Scottish Leaving Certificate Examination, 1954
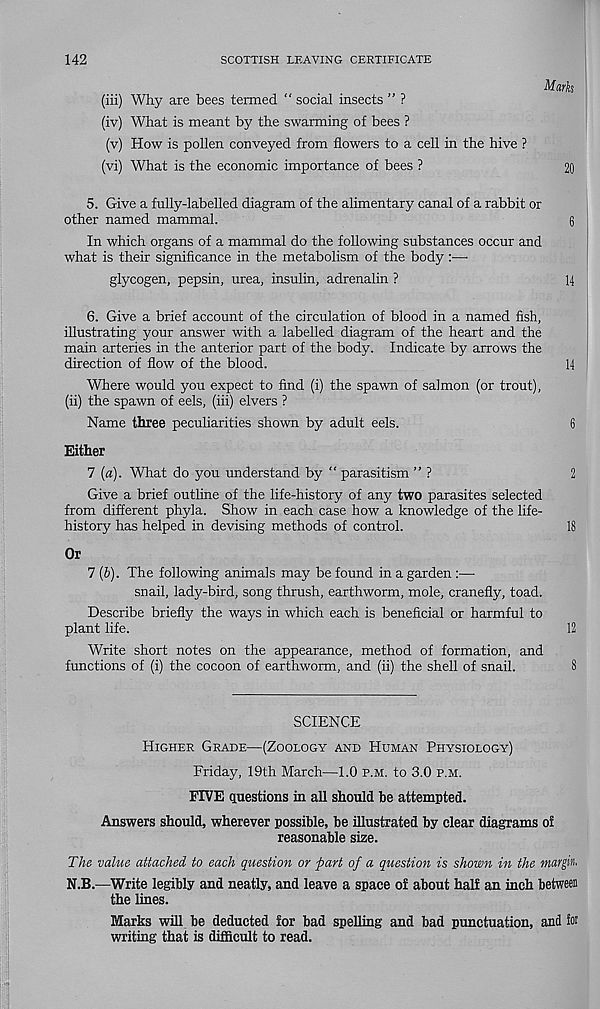
142
SCOTTISH LEAVING CERTIFICATE
Marks
(iii) Why are bees termed “ social insects ” ?
(iv) What is meant by the swarming of bees ?
(v) How is pollen conveyed from flowers to a cell in the hive ?
(vi) What is the economic importance of bees ?
20
5. Give a fully-labelled diagram of the alimentary canal of a rabbit or
other named mammal.
6
In which organs of a mammal do the following substances occur and
what is their significance in the metabolism of the body :■—•
glycogen, pepsin, urea, insulin, adrenalin ?
14
6. Give a brief account of the circulation of blood in a named fish,
illustrating your answer with a labelled diagram of the heart and the
main arteries in the anterior part of the body. Indicate by arrows the
direction of flow of the blood.
14
Where would you expect to find (i) the spawn of salmon (or trout),
(ii) the spawn of eels, (iii) elvers ?
Name three peculiarities shown by adult eels.
6
Either
7 (a). What do you understand by “ parasitism ” ?
2
Give a brief outline of the life-history of any two parasites selected
from different phyla. Show in each case how a knowledge of the life-
history has helped in devising methods of control.
18
Or
7 (b). The following animals may be found in a garden :—
snail, lady-bird, song thrush, earthworm, mole, cranefly, toad.
Describe briefly the ways in which each is beneficial or harmful to
plant life.
12
Write short notes on the appearance, method of formation, and
functions of (i) the cocoon of earthworm, and (ii) the shell of snail.
8
SCIENCE
Higher Grade—(Zoology and Human Physiology)
Friday, 19th March—1.0 p.m. to 3.0 p.m.
FIVE questions in all should be attempted.
Answers should, wherever possible, be illustrated by clear diagrams of
reasonable size.
The value attached to each question or 'part of a question is shown in the margin.
N.B.—Write legibly and neatly, and leave a space of about half an inch between
the lines.
Marks will be deducted for bad spelling and bad punctuation, and foi
writing that is difficult to read.